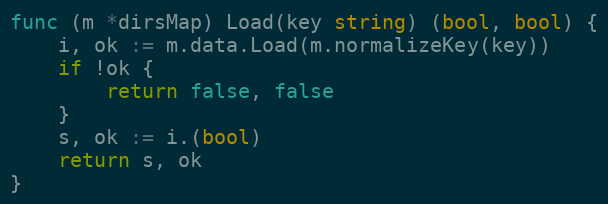
Language: Go
func (m *dirsMap) Load(key string) (bool, bool) {
	i, ok := m.data.Load(m.normalizeKey(key))
	if !ok {
		return false, false
	}
	s, ok := i.(bool)
	return s, ok
}